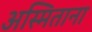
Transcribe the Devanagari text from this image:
अस्मिताना